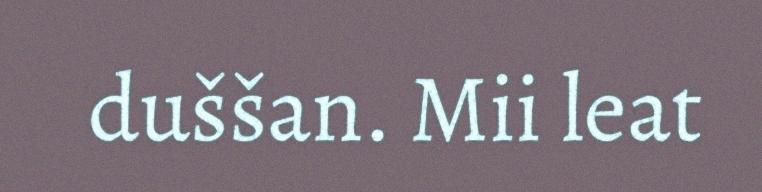
duššan. Mii leat